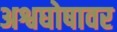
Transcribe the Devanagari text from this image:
अश्वघोषावर